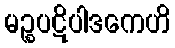
မဉ္စပဋိပါဒကေဟိ